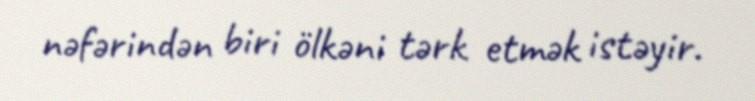
nəfərindən biri ölkəni tərk etmək istəyir.